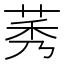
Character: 莠